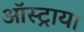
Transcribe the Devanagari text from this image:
ऑस्ट्राया